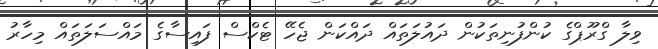
ވިލާ ގްރޫޕްގެ ކުންފުނިތަކުން ދައުލަތައް ދައްކަން ޖެހޭ ޓެކްސް ފައިސާގެ މައްސަލަތައް މިހާރު